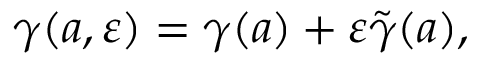
\gamma ( a , \varepsilon ) = \gamma ( a ) + \varepsilon \tilde { \gamma } ( a ) ,